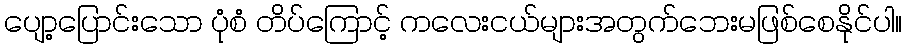
ပျော့ပြောင်းသော ပုံစံ တိပ်ကြောင့် ကလေးငယ်များအတွက်ဘေးမဖြစ်စေနိုင်ပါ။